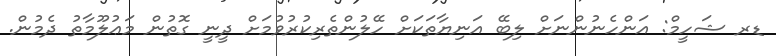
ޑރ ޝަހީމް: އަންހެނުންނަށް ލިބޭ އަނިޔާތަކަށް ހޭލުންތެރިކުރުވުމަށް ދީނީ ގޮތުން މަޢުލޫމާތު ދެމުން.